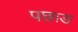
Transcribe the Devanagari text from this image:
पछाङ